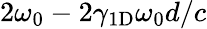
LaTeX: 2\omega_{0}-2\gamma_{1\mathrm{D}}\omega_{0}d/c